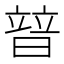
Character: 暜